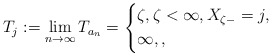
\begin{align*}T_j:=\lim_{n\rightarrow \infty}T_{a_n}=\left\lbrace\begin{aligned}&\zeta,\zeta<\infty, X_{\zeta-}=j,\\&\infty,,\end{aligned}\right.\end{align*}